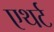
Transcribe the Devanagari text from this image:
एथर्ट